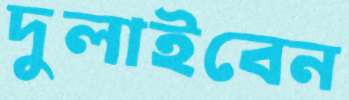
দুলাইবেন